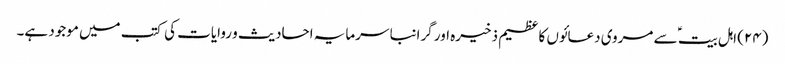
(۲۴) اہل بیت ؑ سے مروی دعائوں کا عظیم ذخیرہ اور گرانبا سرمایہ احادیث و روایات کی کتب میں موجود ہے۔